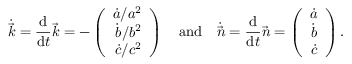
\dot { \vec { k } } = \frac { \mathrm { d } } { \mathrm { d } t } \vec { k } = - \left( \begin{array} { r } { \dot { a } / a ^ { 2 } } \\ { \dot { b } / b ^ { 2 } } \\ { \dot { c } / c ^ { 2 } } \end{array} \right) \enspace \enspace \mathrm { a n d } \enspace \enspace \dot { \vec { n } } = \frac { \mathrm { d } } { \mathrm { d } t } \vec { n } = \left( \begin{array} { r } { \dot { a } } \\ { \dot { b } } \\ { \dot { c } } \end{array} \right) .